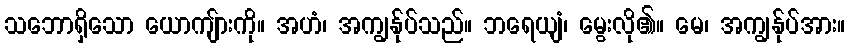
သဘောရှိသော ယောကျ်ားကို။ အဟံ၊ အကျွန်ုပ်သည်။ ဘရေယျံ၊ မွေးလို၏။ မေ၊ အကျွန်ုပ်အား။